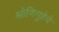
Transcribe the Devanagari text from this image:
श्रोणिगुहेचे